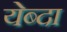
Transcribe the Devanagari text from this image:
येब्दा